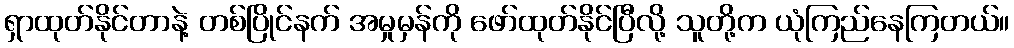
ရှာထုတ်နိုင်တာနဲ့ တစ်ပြိုင်နက် အမှုမှန်ကို ဖော်ထုတ်နိုင်ပြီလို့ သူတို့က ယုံကြည်နေကြတယ်။